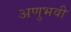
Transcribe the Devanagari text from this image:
अणुभवी